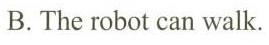
B.The robot can walk.